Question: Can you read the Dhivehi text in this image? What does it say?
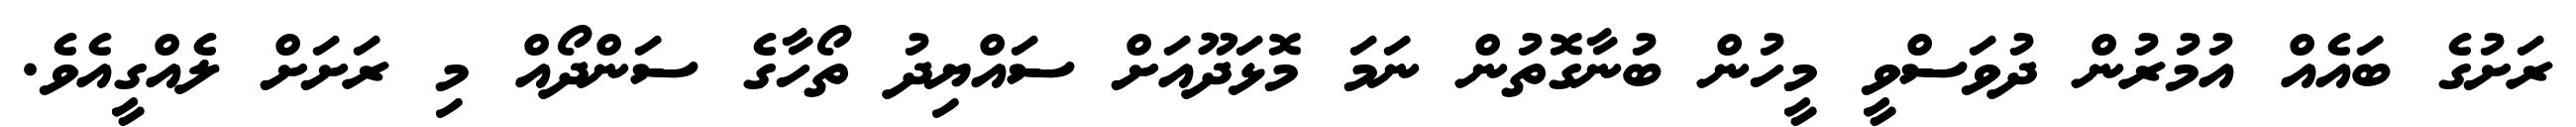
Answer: ރަށުގެ ބައެއް އުމުރުން ދުވަސްވީ މީހުން ބުނާގޮތުން ނަމަ މޮޅަދޫއަށް ސައްޔިދު ތޯހާގެ ސަންދޯއް މި ރަށަށް ލެއްގީއެވެ.